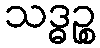
သဒ္ဓဉ္စ